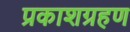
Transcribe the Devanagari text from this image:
प्रकाशग्रहण